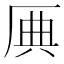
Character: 𠩷